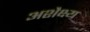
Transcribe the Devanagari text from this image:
अशैक्ष्य